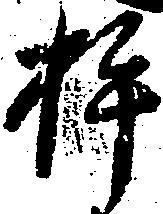
杵